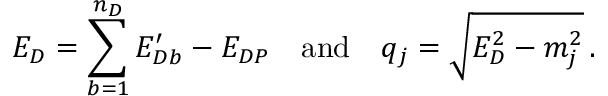
E _ { D } = \sum _ { b = 1 } ^ { n _ { D } } E _ { D b } ^ { \prime } - E _ { D P } \quad \mathrm { a n d } \quad q _ { j } = \sqrt { E _ { D } ^ { 2 } - m _ { j } ^ { 2 } } \, .